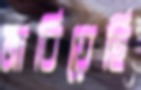
নাবিয়েছি